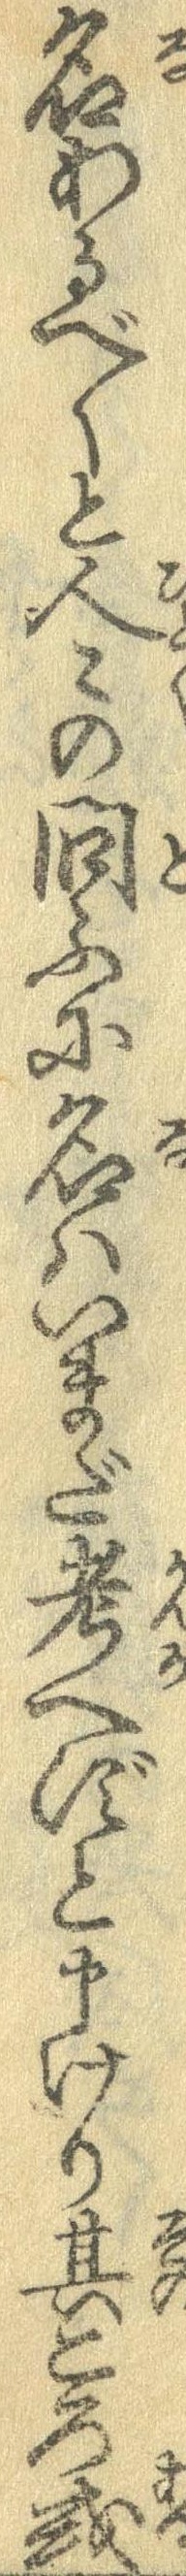
名あるべくと人々の問ふに名はいまだ考へずと申けり其ころ或